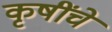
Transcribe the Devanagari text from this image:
कृषींचे